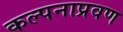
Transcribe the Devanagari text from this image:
कल्पनाप्रवण